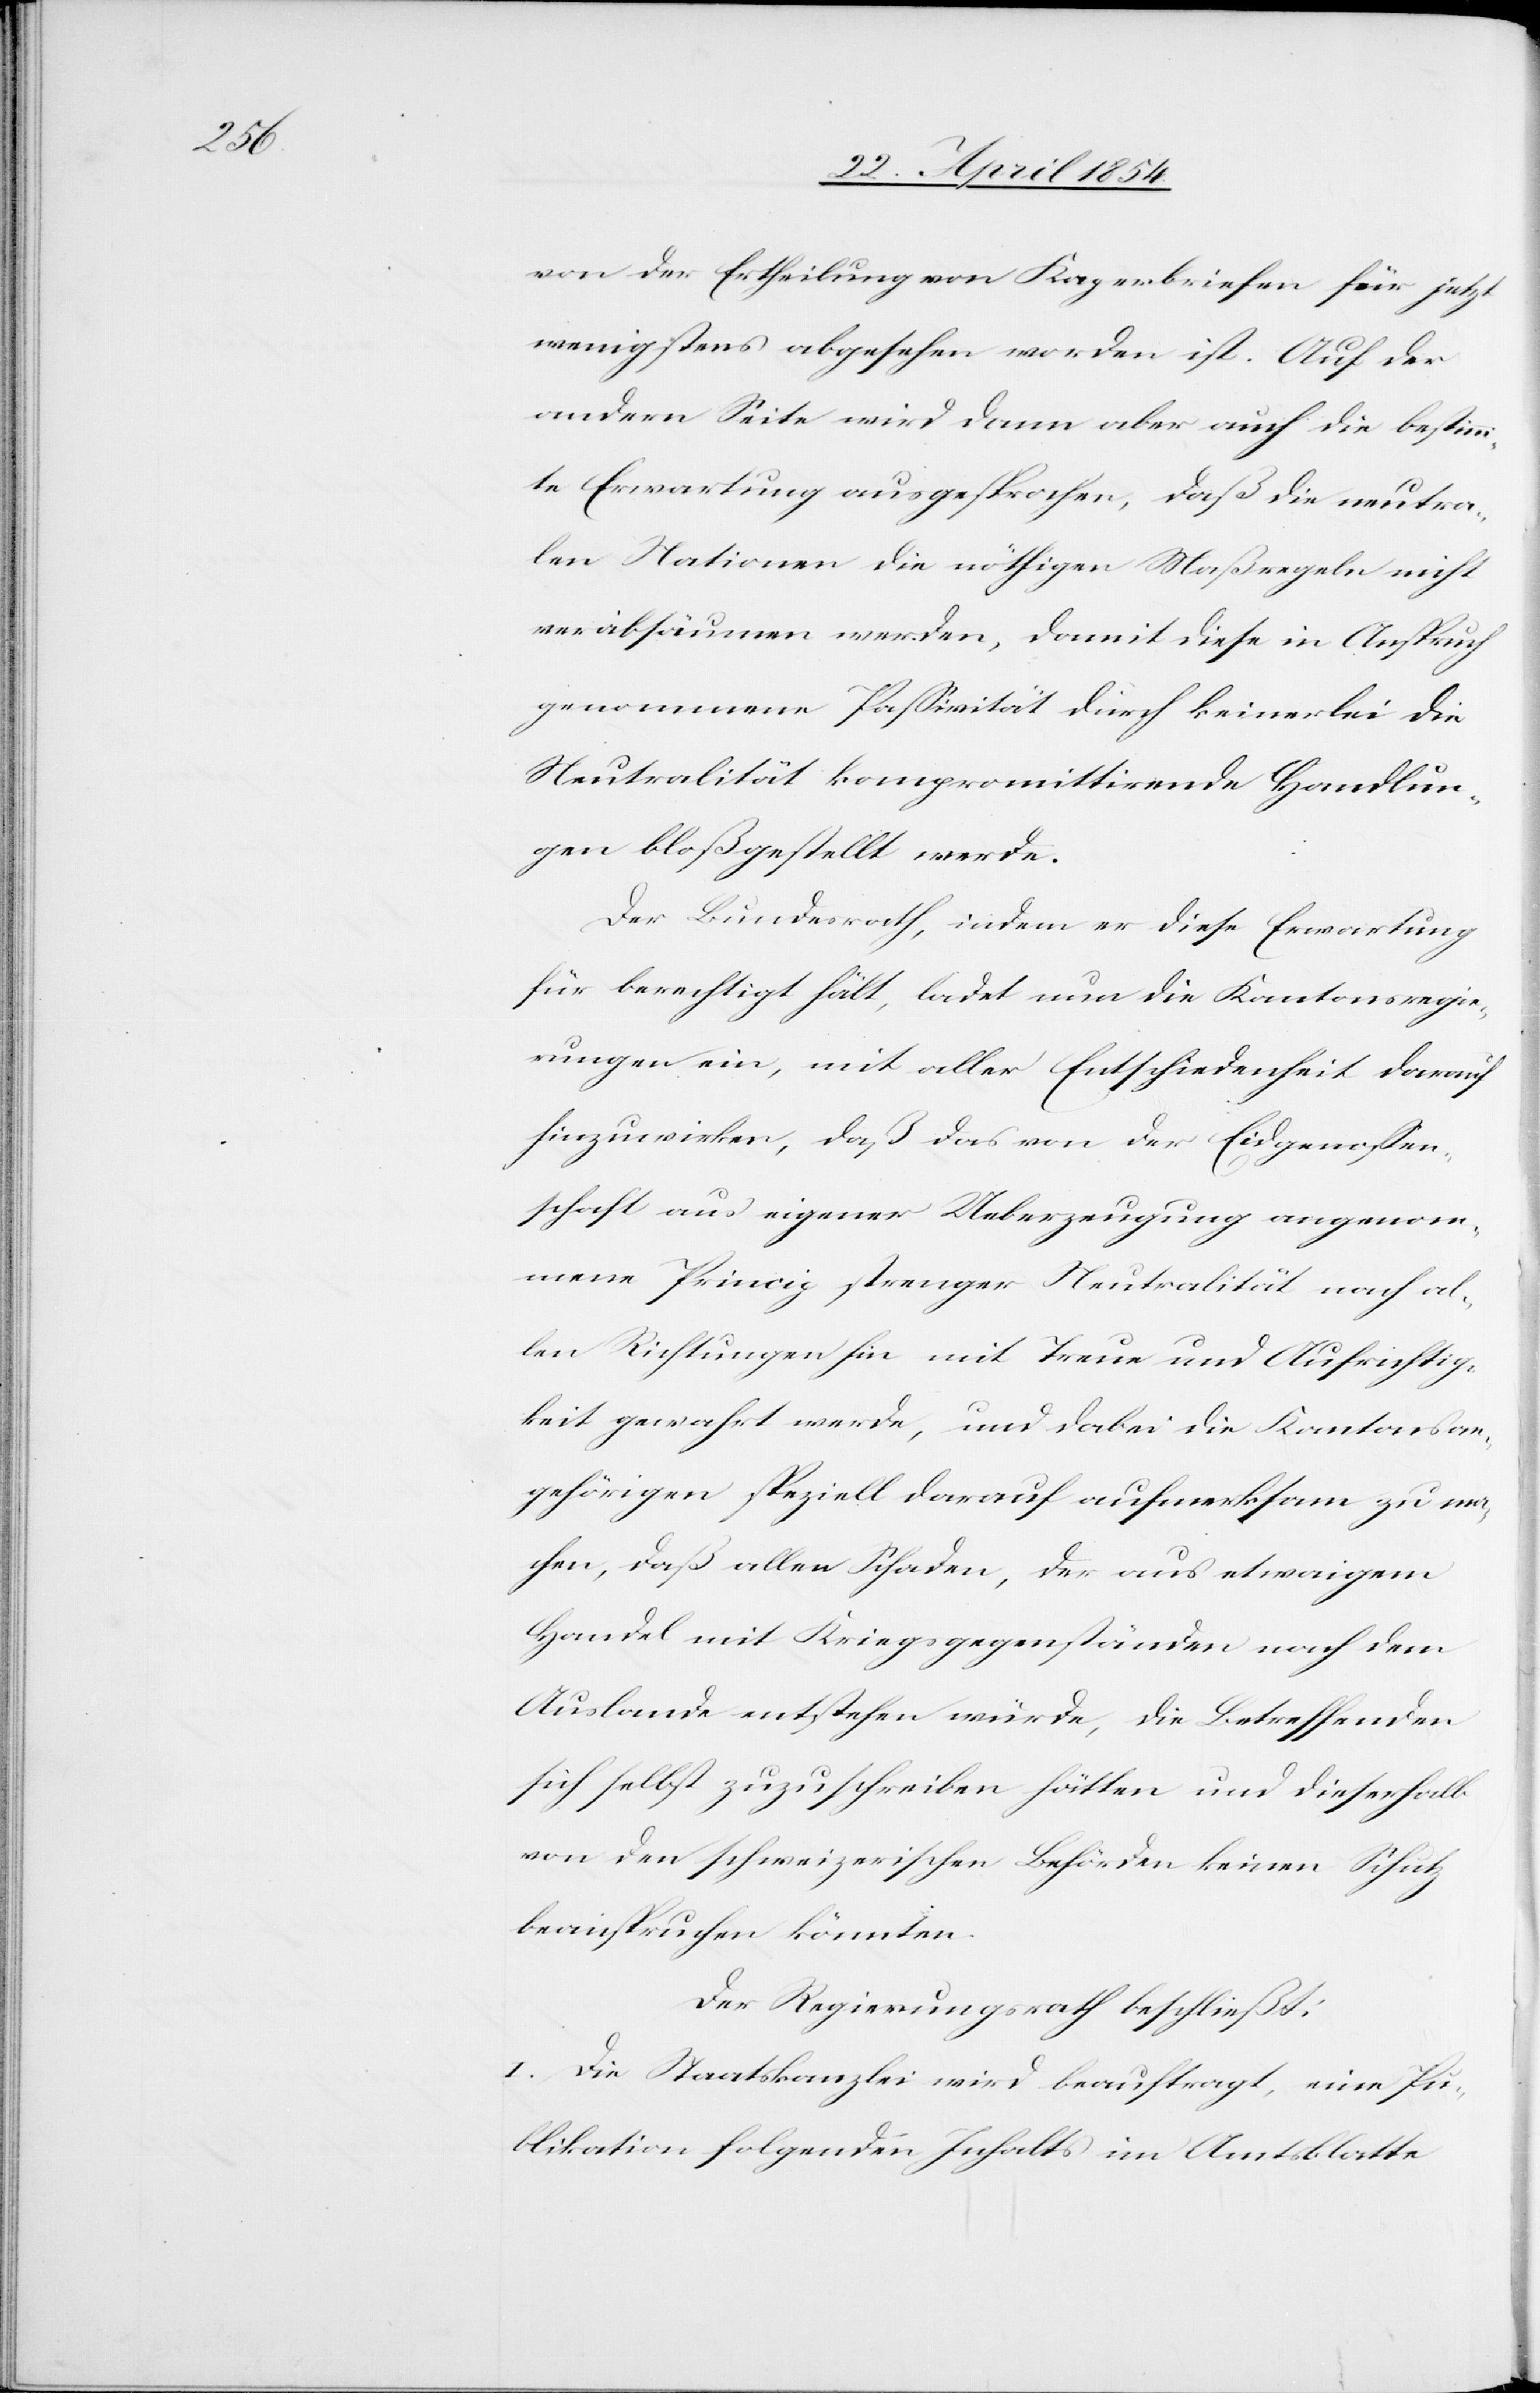
von der Ertheilung von Kaperbriefen für jetzt
wenigstens abgesehen worden ist. Auf der
andern Seite wird dann aber auch die bestimm¬
te Erwartung ausgesprochen, daß die neutra¬
len Nationen die nöthigen Maßregeln nicht
verabsäumen werden, damit diese in Anspruch
genommene Paßivität durch keinerlei die
Neutralität kompromittirende Handlun¬
gen bloßgestellt werde.
Der Bundesrath, indem er diese Erwartung
für berechtigt hält, ladet nun die Kantonsregie¬
rungen ein, mit aller Entschiedenheit darauf
hinzuwirken, daß das von der Eidgenoßen¬
schaft aus eigener Ueberzeugung angenom¬
mene Princip strenger Neutralität nach al¬
len Richtungen hin mit Treue und Aufrichtig¬
keit gewahrt werde, und dabei die Kantonsan¬
gehörigen speziell darauf aufmerksam zu ma¬
chen, daß allen Schaden, der aus etwaigem
Handel mit Kriegsgegenständen nach dem
Auslande entstehen würde, die Betreffenden
sich selbst zuzuschreiben hätten und dieserhalb
von den schweizerischen Behörden keinen Schutz
beanspruchen könnten.
Der Regierungsrath beschließt:
I. Die Staatskanzlei wird beauftragt, eine Pu¬
blikation folgenden Inhalts im Amtsblatte